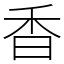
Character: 香